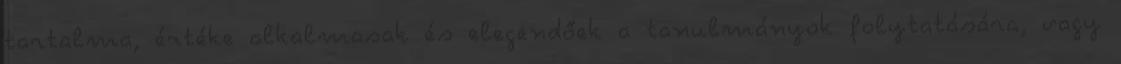
tartalma, értéke alkalmasak és elegendőek a tanulmányok folytatására, vagy